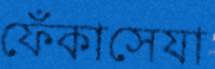
ফেঁঁকাসেযা